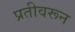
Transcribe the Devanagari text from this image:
प्रतीवरून